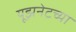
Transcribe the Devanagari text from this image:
यूझनेटच्या